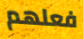
فعلهم